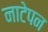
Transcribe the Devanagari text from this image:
नाटेपन